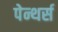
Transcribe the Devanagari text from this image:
पेन्थर्स